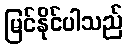
မြင်နိုင်ပါသည်